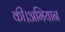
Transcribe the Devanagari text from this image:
की।अभियान